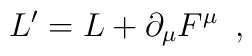
L' = L + \partial _{\mu } F^{\mu } \,\,\, ,